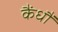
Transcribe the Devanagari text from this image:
कैंधौं